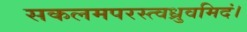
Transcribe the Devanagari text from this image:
सकलमपरस्त्वध्रुवमिदं।